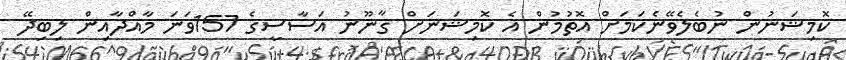
ކޮމިޝަނުން ނުބެލެވޭނެކަމަށް އޮތުމުން އެ ކޮމިޝަނަށް ޤާނޫނު އަސާސީގެ 157ވަނަ މާއްދާއިން ލިބިދޭ